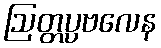
ဩတ္တပ္ပဗလေန